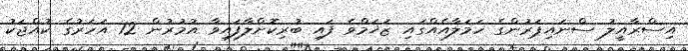
އިސްރާއީލު ސްނައިޕަރުންގެ ހަމަލާއެއްގައި ޒަޚަމްވެ ފައި ބުރިކޮށްލާފައިވާ އުމުރުން 12 އަހަރުގެ ކުއްޖަކު